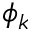
\phi _ { k }